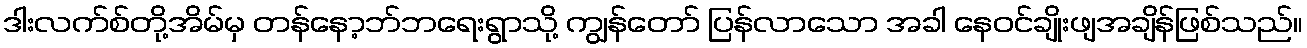
ဒါးလက်စ်တို့အိမ်မှ တန်နော့ဘ်ဘရေးရွာသို့ ကျွန်တော် ပြန်လာသော အခါ နေဝင်ချိုးဖျအချိန်ဖြစ်သည်။